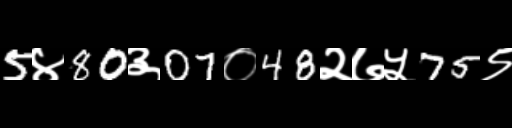
Text: 5४80३07०48२७५75९